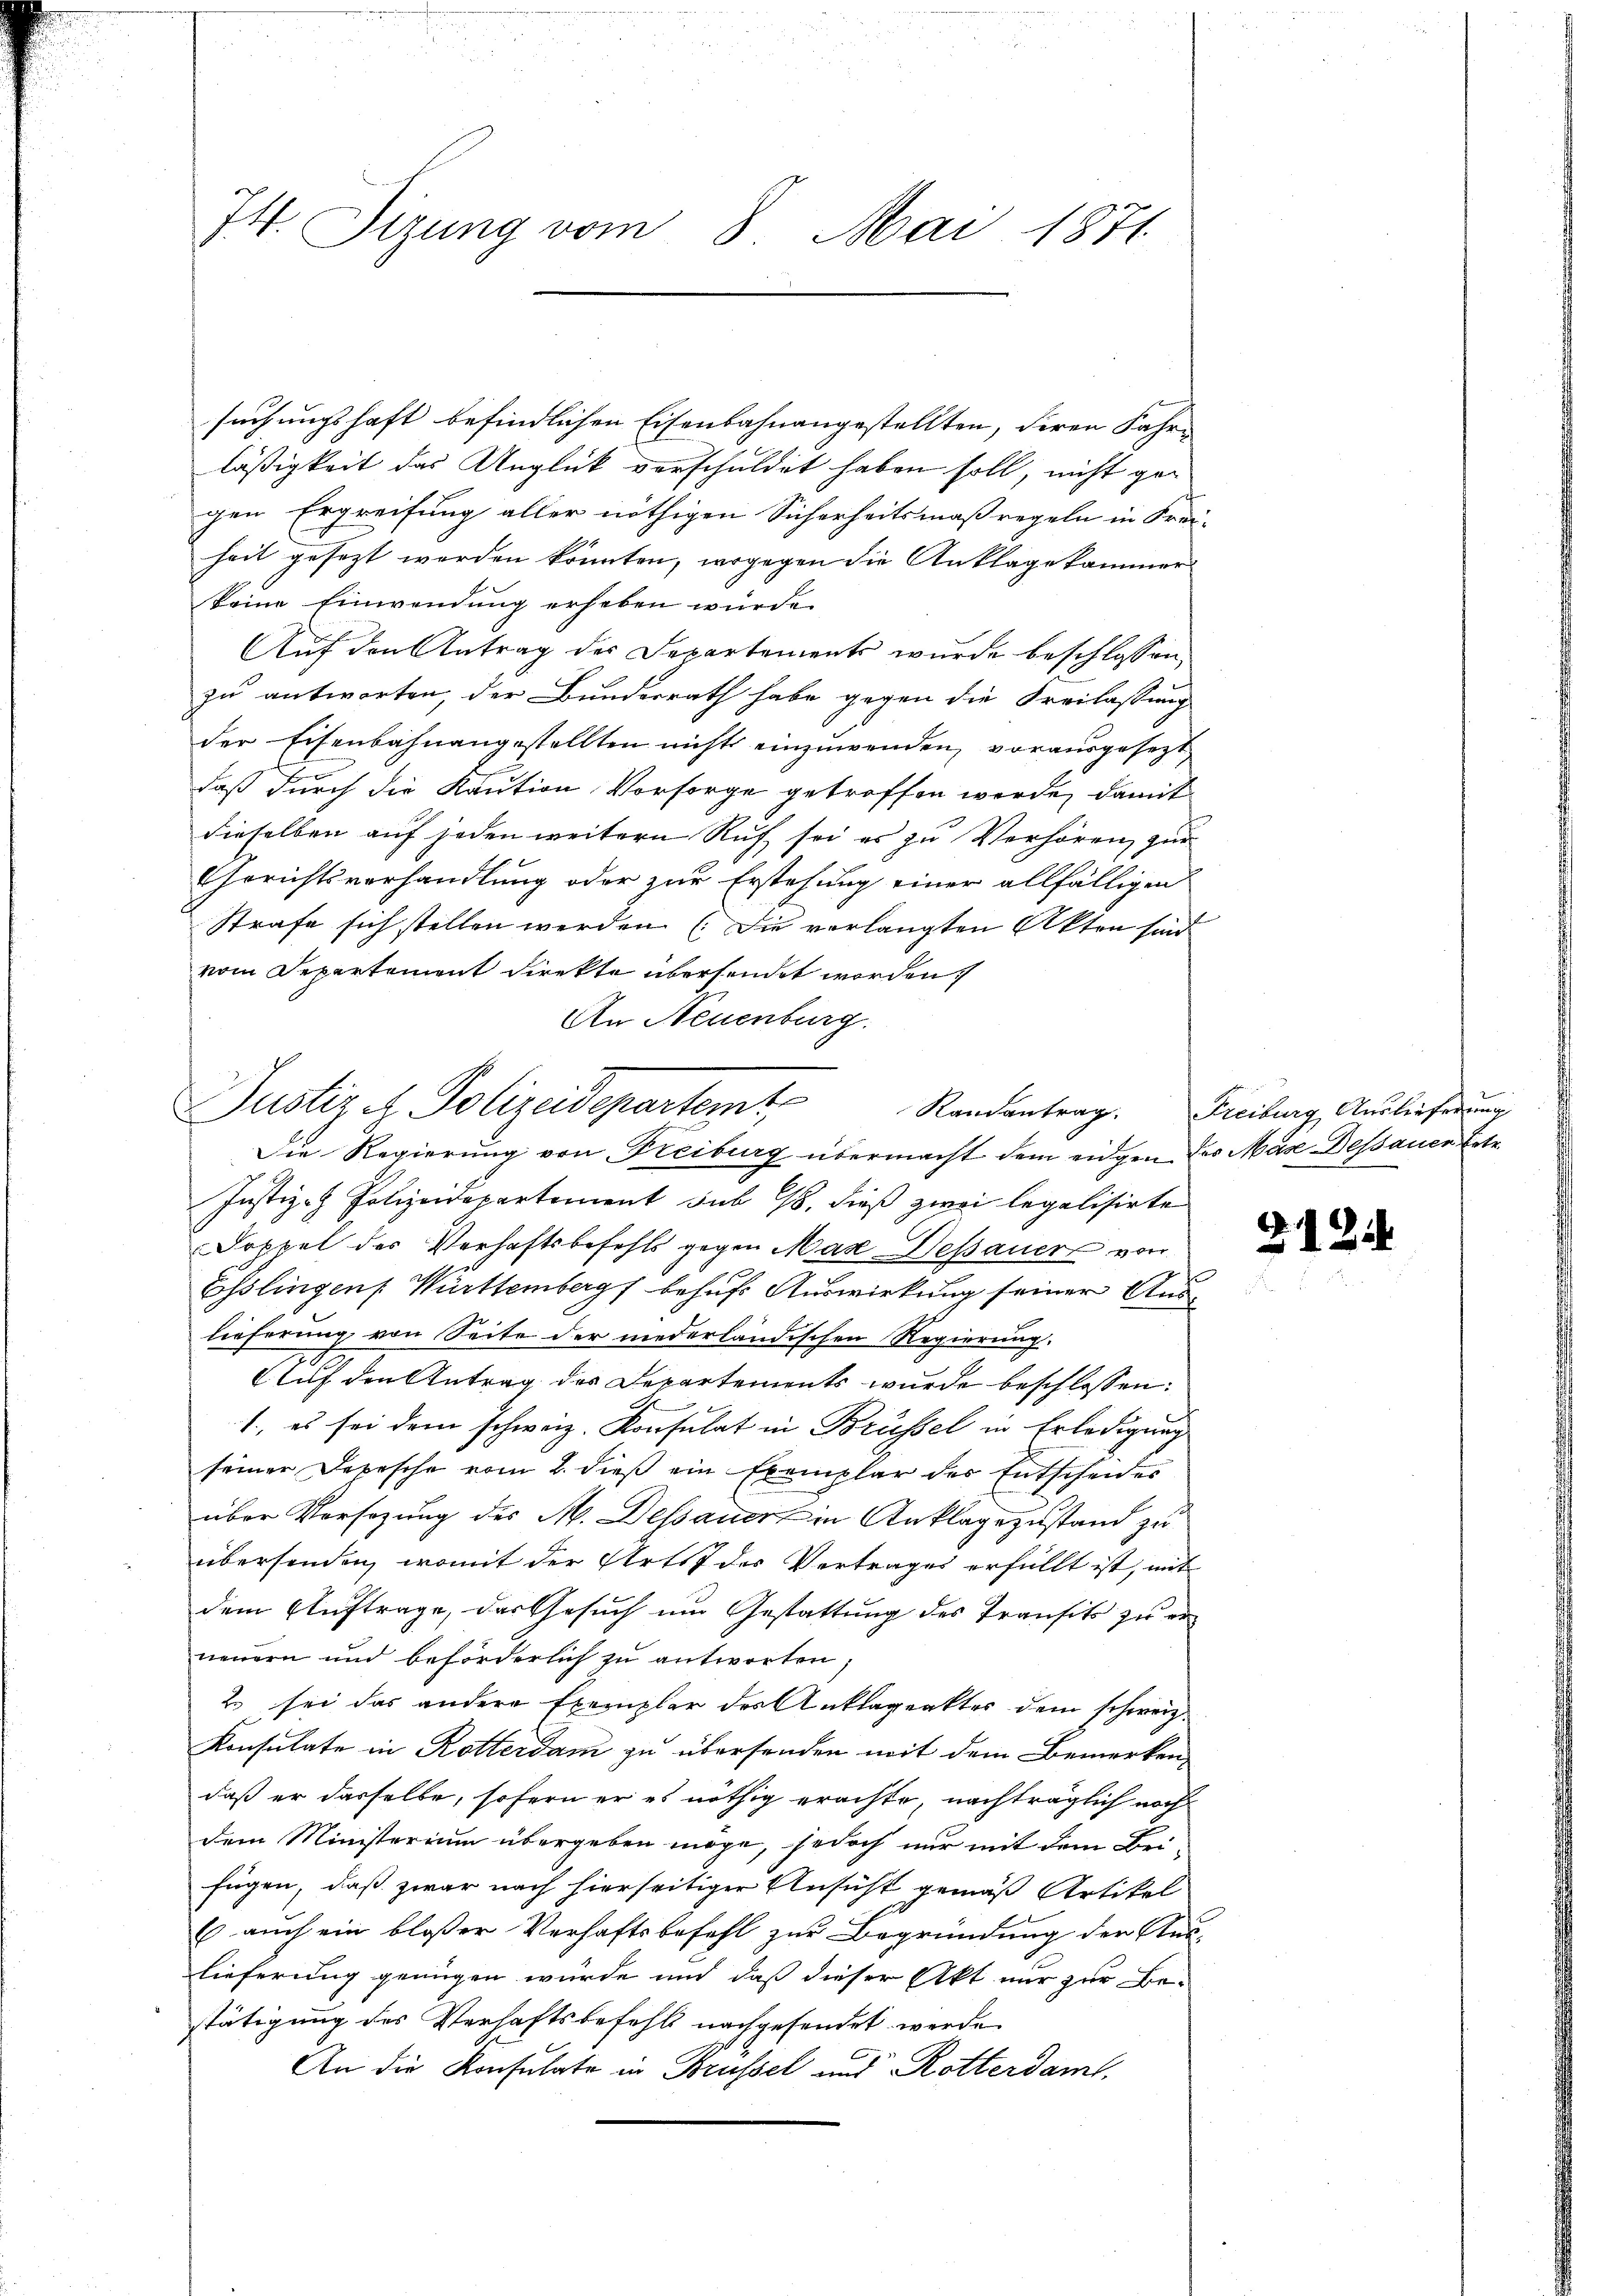
74. Sizung vom 8. Mai 1871

suchungshaft befindlichen Eisenbahnangestellten, deren Fahrläßigkeit das Unglück verschuldet haben soll, nicht gegen Ergreifung aller nöthigen Sicherheitsmaßregeln in Frei-
heit gesezt werden könnten, wogegen die Anklagekammer
keine Einwendung erheben würde.
Auf den Antrag der Departements wurde beschlossen,
zu antworten, der Bundesrath habe gegen die Freilassung
der Eisenbahnangestellten nicht einzuwenden, vorausgesezt
daß durch die Kaution Vorsorge getroffen werde, damit
dieselben auf jeden weitern Ruf sei es zu Verhören, zur
Gerichtsverhandlung oder zur Erstehung einer allfälligen
Strafe sich stellen werden (Die vorlangten Akten sind
vom Departement direkte übersendet worden.
An Neuenburg.
Die Regierung von Freiburg übermacht dem eidgen des Mase Dessauer Entr
Justiz- & Polizeidepartement sub 28. dieß zwei legalisirte
Doppel des Verhaftsbefehls gegen Mar-Dessauer von
Esslingen Württemberg behufs Auswirkung seiner Auslieferung von Seite der niederländischen Regierung.
Auf den Antrag des Departements wurde beschlossen:
1., es sei dem schweiz. Konsulat in Brüssel in Erledigung
seiner Depesche vom 2. dieß ein Exemplar der Entscheides
über Vorsezung des M. Dessauer in Anklagezustand zu
übersenden, womit der Artis des Vertrages erfüllt ist, mit
dem Auftrage, das Gesuch um Gestattung des Transits zu erneuern und beförderlich zu antworten.
2 sei das andere Exemplar des Anklageaktes dem schweiz.
Konsulate in Rotterdam zu übersenden mit dem Bemerken,
daß er dasselbe, sofern er es nöthig erachte, nachträglich noch
dem Ministerium übergeben möge, jedoch nur mit dem Brifügen, daß zwar nach hierseitiger Ansicht gemäß Artikel
E auch ein bloßer Verhaftsbefehl zur Begründung der Neulieferung genügen würde und daß dieser Akt nur zur Be-
stätigung des Verhaftsbefehl nachgesendet werde
An die Konsulate in Brüssel und Rotterdamt

Justiz u. Polizeidepartem Randantrag. Freiburg, Auslieferung

§12.